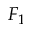
F _ { 1 }